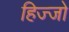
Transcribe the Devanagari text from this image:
हिज्जो